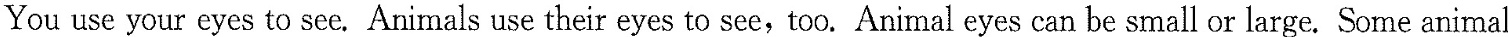
You use your eyes to see.Animals use their eyes to see,too.Animal eyes can be small or large.Some animal